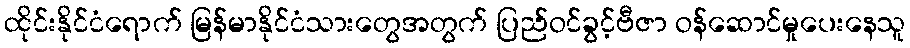
ထိုင်းနိုင်ငံရောက် မြန်မာနိုင်ငံသားတွေအတွက် ပြည်ဝင်ခွင့်ဗီဇာ ဝန်ဆောင်မှုပေးနေသူ